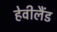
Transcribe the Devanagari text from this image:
हेवीलैंड